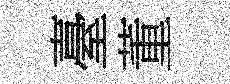
臺董